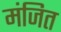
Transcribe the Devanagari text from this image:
मंजित